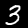
Digit: 3